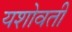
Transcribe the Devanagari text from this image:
यशोवती